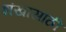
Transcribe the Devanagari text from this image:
शंखासाठी